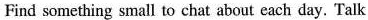
Find something small to chat about each day. Talk